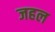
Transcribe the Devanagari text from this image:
जहल